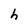
Character: h